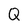
Character: Q